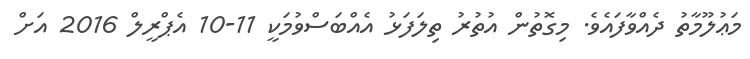
މަޢުލޫމާތު ދެއްވާފައެވެ. މިގޮތުން އުތުރު ތިލަފަޅު އެއްބަސްވުމަކީ 11-10 އެޕްރީލް 2016 އަށް